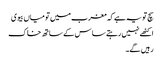
سچ تو یہ ہے کہ مغرب میں تو میاں بیوی
اکٹھے نہیں رہتے ساس کے ساتھ خاک
رہیں گے۔